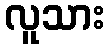
လူသား